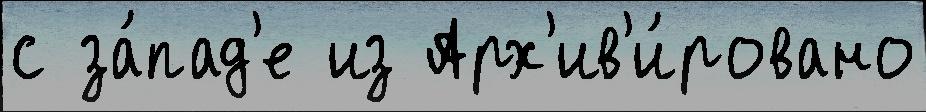
с за́пад'е из Арх'ив'и́ровано